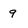
Character: 9